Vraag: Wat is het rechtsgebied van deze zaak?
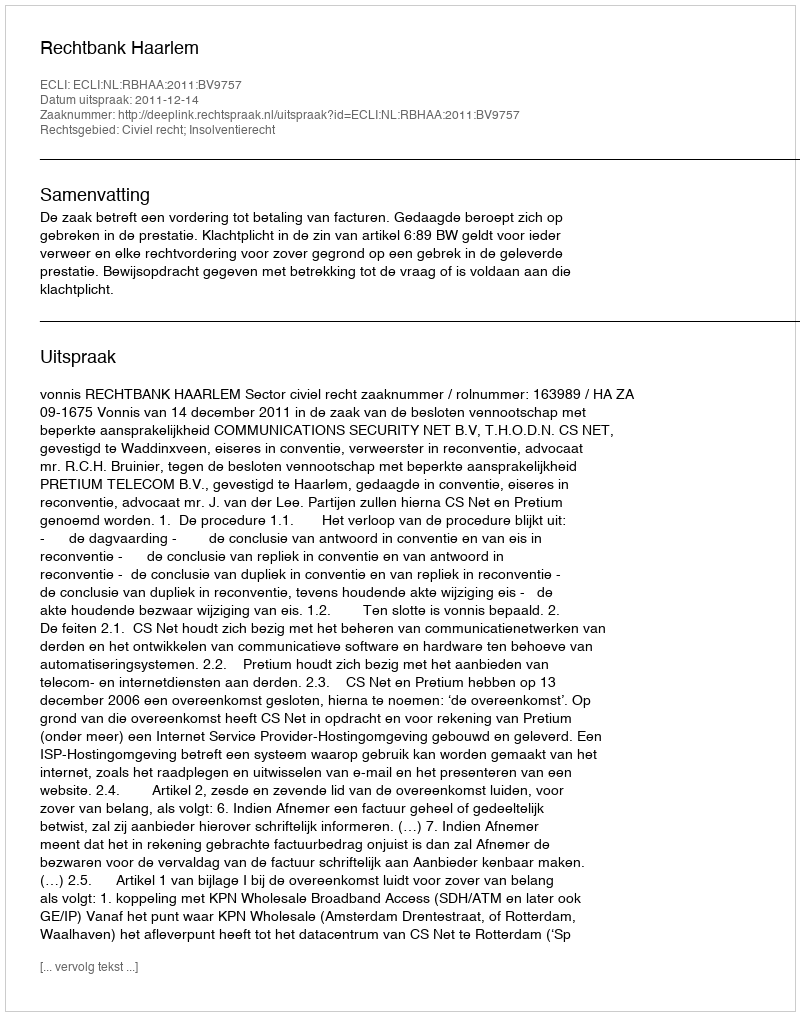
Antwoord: Civiel recht; Insolventierecht